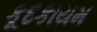
કૂદકાયમ